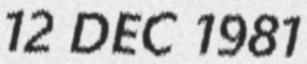
12 DEC 1981